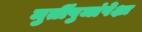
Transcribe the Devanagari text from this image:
मुर्तीपुजांपेक्षा